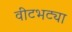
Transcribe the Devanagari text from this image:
वीटभट्या